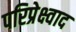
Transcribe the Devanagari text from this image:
परिप्रेक्ष्वाद